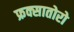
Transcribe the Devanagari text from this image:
फ्रक्सातोरो